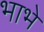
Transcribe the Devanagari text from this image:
भाभे